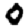
Digit: 0